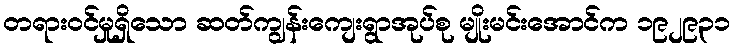
တရားဝင်မှုရှိသော ဆတ်ကျွန်းကျေးရွာအုပ်စု မျိုးမင်းအောင်က ၁၉၂၉၃၁